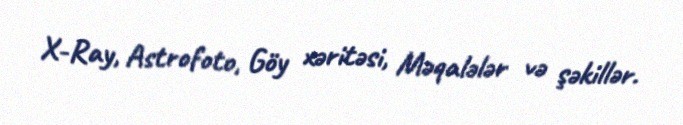
X-Ray, Astrofoto, Göy xəritəsi, Məqalələr və şəkillər.